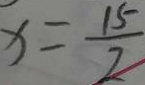
x = \frac { 1 5 } { 2 }